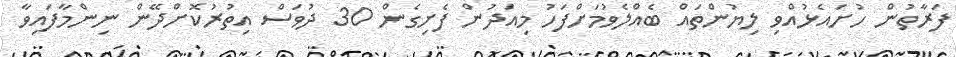
ފަރާތުން ހުށައެޅުއްވި ލިޔުންތައް ބެއްލެވުމަށްފަހު މިއަދުން ފެށިގެން 30 ދުވަސް އިތުރުކޮށްދޭން ނިންމާފައިވާ